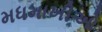
મધમાખીઓ